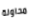
محاولة